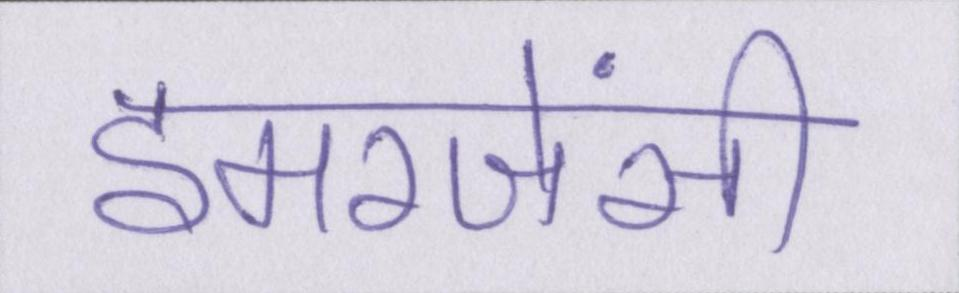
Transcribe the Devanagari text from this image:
इमरजेंसी